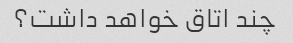
چند اتاق خواهد داشت؟